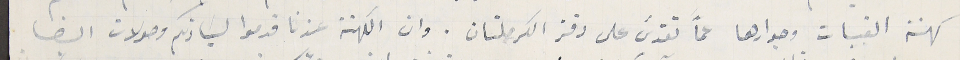
كهنة القبيات وجوارها عمَّا تقدسَ على دفتر الكرملتان. وان الكهنة عندنا قدموا لسَيادتكم وصولات ايضا